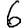
Digit: 6